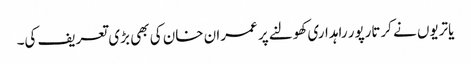
یاتریوں نے کرتارپور راہداری کھولنے پر عمران خان کی بھی بڑی تعریف کی۔